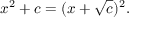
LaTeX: \displaystyle x ^ { 2 } + c = ( x + { \sqrt { c } } ) ^ { 2 } .